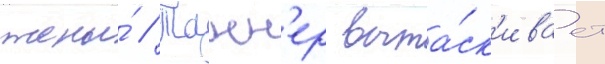
жены́ // Танн'ер выта́ск'ивает